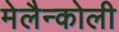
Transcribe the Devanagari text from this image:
मेलैन्कोली